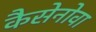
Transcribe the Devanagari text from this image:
कैसेनोवा